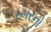
રબરનો